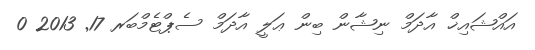
އައްޝައިޚް އާދަމް ނިޝާން ބިން ޢަލީ އާދަމް ސެޕްޓެމްބަރ 17